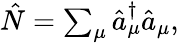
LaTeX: \begin{array}{r}{\hat{N}=\sum_{\mu}\hat{a}_{\mu}^{\dagger}\hat{a}_{\mu},}\end{array}